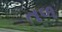
તળ